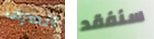
اتصرف سنفقد